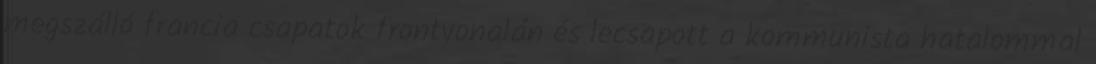
megszálló francia csapatok frontvonalán és lecsapott a kommunista hatalommal